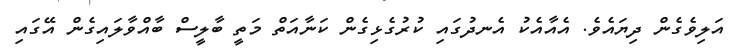
އަލިވެގެން ދިޔައެވެ. އެއާއެކު އެނދުގައި ކުރުގެޅިގެން ކަނާއަތް މަތީ ބާލީސް ބާއްވާލައިގެން އޭގައި